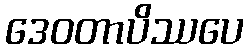
ဒေဝတာပိဿပေ